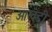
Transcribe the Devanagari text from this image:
आखडी